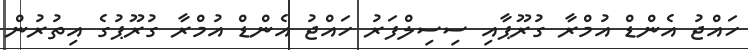
ހައްޖު އެންޑް އުމްރާ ގުރޫޕާއި ސިސިލްފަރު ހައްޖު އެންޑް އުމްރާ ގުރޫޕުގެ އިތުރުން